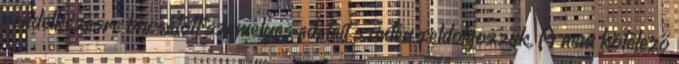
rendelkezésre bocsátott személyes adatait szintén feldolgozzuk. A nem kötelező